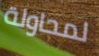
لمحاولة